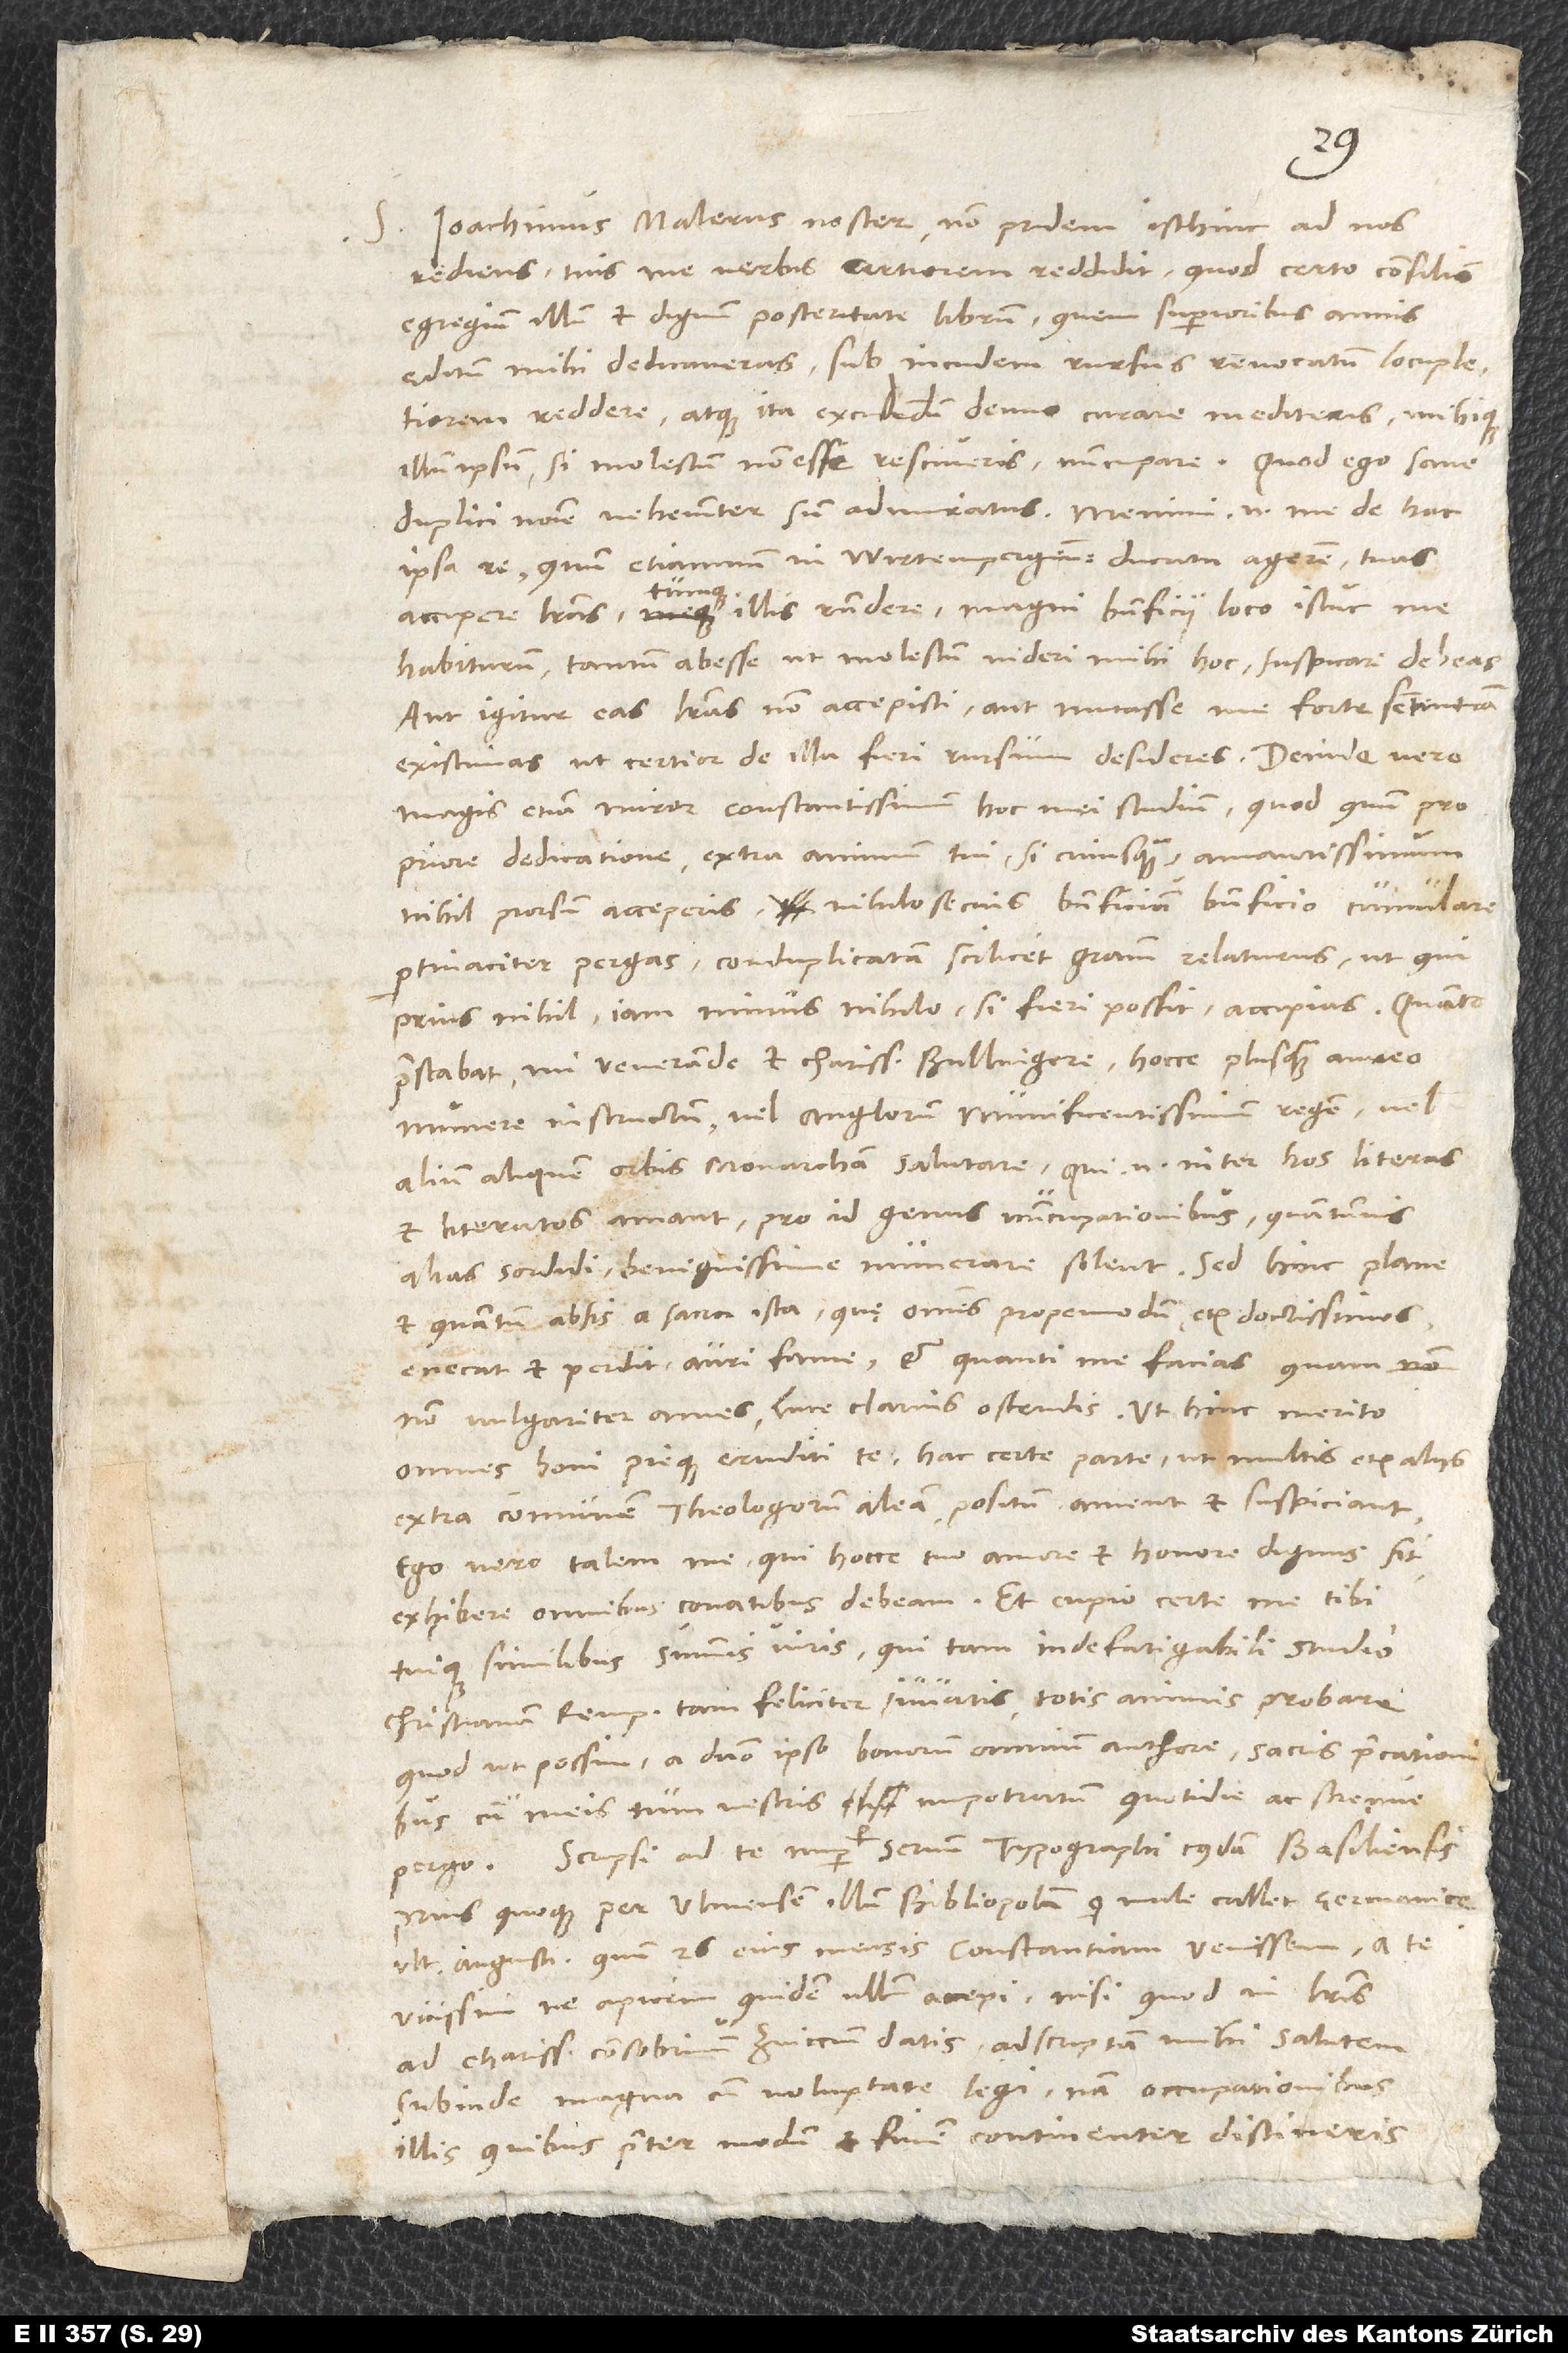
S. Ioachimus Malerus noster non pridem isthinc ad nos
rediens tuis me verbis certiorem reddidit, quod certo consilio
egregium illum et dignum posteritate librum, quem superioribus annis
ęditum mihi dedicaveras, sub incudem rursus revocatum locupletiorem
reddere atque ita excudendum denuo curare mediteris mihique
illum ipsum, si molestum non esse resciveris, nuncupare. Quod ego sane
duplici nomine vehementer sum admiratus; memini enim me de hac
ipsa re, quum etiamnum in Wirtempergensi ducatu agerem, tuas
accipere literas tumque illis respondere magni beneficii loco istuc me
habiturum, tantum abesse, ut molestum videri mihi hoc suspicari debeas.
Aut igitur eas literas non accepisti aut mutasse me forte sententiam
existimas, ut certior de illa fieri rursum desideres. Deinde vero
magis etiam miror constantissimum hoc mei studium, quod, quum pro
priore dedicatione extra animum tui si cuiusquam amantissimum
nihil prorsum acceperis, nihilosecius beneficium beneficio cumulare
pertinaciter pergas conduplicatam scilicet gratiam relaturus, ut, qui
prius nihil, iam minus nihilo, si fieri possit, accipias. Quanto
praestabat, mi venerande et charissime Bullingere, hocce plus quam aureo
munere instructum vel Anglorum munificentissimum regem vel
alium aliquem orbis monarcham salutare; qui enim inter hos literas
et literatos amant, pro id genus nuncupationibus, quantumvis
alias sordidi, benignissime munerare solent. Sed hinc plane
et quantum absis a sacra ista, quę omnes propemodum etiam doctissimos
enecat et perdit, auri fame et quanti me facias, quam
non vulgariter ames, luce clarius ostendis, ut hinc merito
omnes boni pieque eruditi te hac certe parte - ut multis etiam aliis
extra communem theologorum aleam positum ament et suspiciant;
ego vero talem me, qui hocce tuo amore et honore dignus sit,
exhibere omnibus conatibus debeam. Et cupio certe me tibi
tuique similibus summis viris, qui tam indefatigabili studio
christianam rempublicam tam feliciter iuvatis, totis animis probare,
quod ut possim, a domino ipso bonorum omnium authore sacris precationibus
cum meis tum vestris impetratum quotidie ac strenue
Scripsi ad te nuper per servum typographi cuiusdam Basiliensis,
prius quoque per Ulmensem illum bibliopolam, qui male callet Germanice,
ultima augusti, quum 26. eius mensis Constantiam venissem. A te
vicissim ne apicem quidem ullum accepi, nisi quod in literis
ad charissimum consobrinum Zviccium datis adscriptam mihi salutem
subinde magna cum voluptate legi; nam occupationibus
illis, quibus praeter modum et finem continenter distineris,